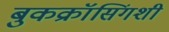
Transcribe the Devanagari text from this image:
बुकक्रॉसिंगशी